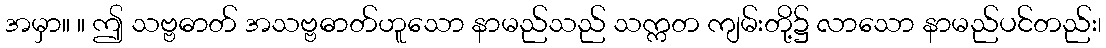
အမှာ။ ။ ဤ သဗ္ဗဓာတ် အသဗ္ဗဓာတ်ဟူသော နာမည်သည် သက္ကတ ကျမ်းတို့၌ လာသော နာမည်ပင်တည်း၊